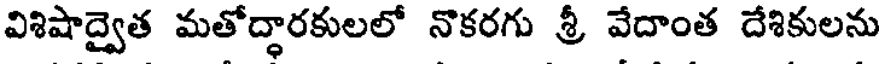
విశిషాద్వైత మతోద్ధారకులలో నొకరగు శ్రీ వేదాంత దేశికులను